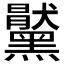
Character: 𪒞